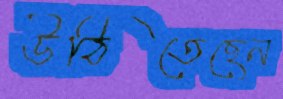
উঠিতেছেন